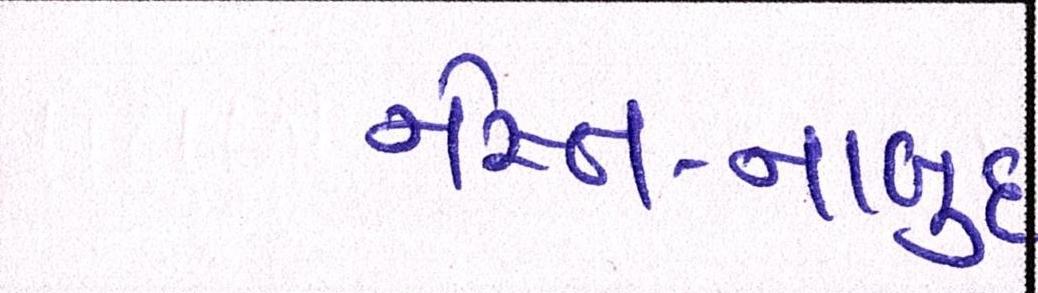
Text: નેસ્ત-નાબુદ